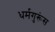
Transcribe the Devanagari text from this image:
धर्मगुरूंस